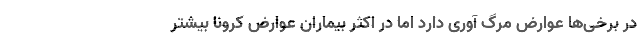
در برخی‌ها عوارض مرگ آوری دارد اما در اکثر بیماران عوارض کرونا بیشتر